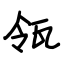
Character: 瓴